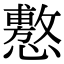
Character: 懯